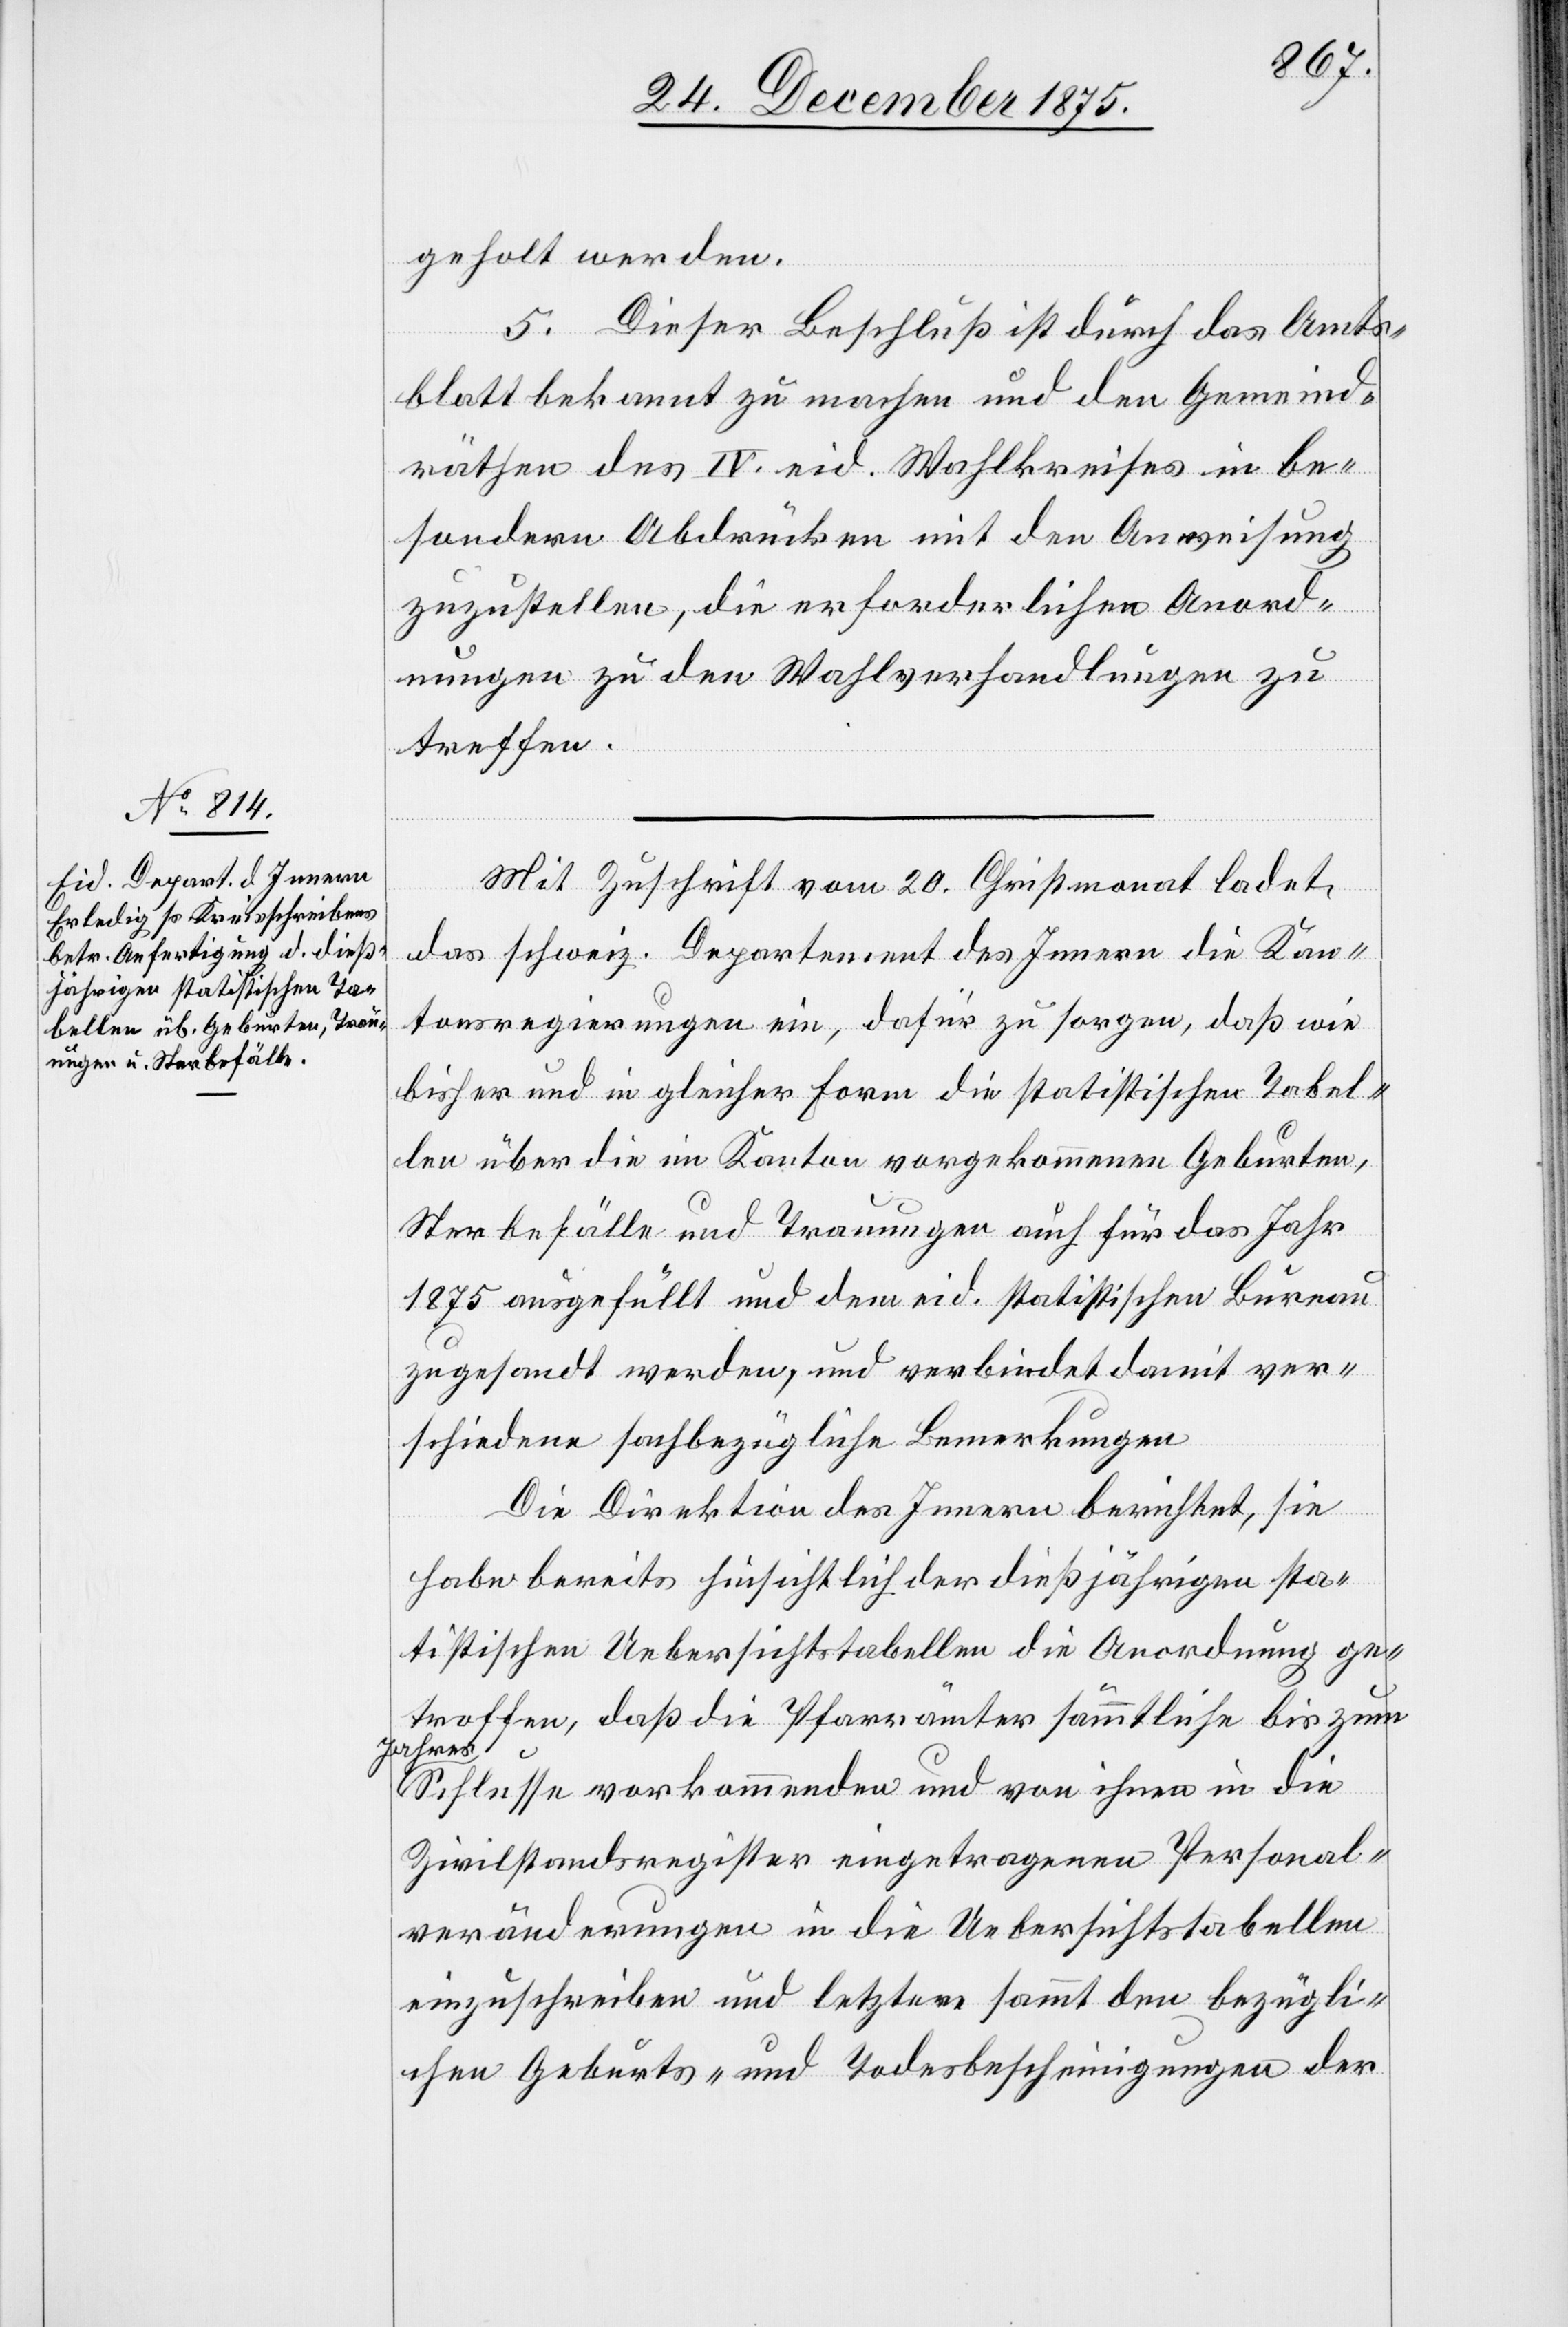
geholt werden.
5. Dieser Beschluß ist durch das Amts¬
blatt bekannt zu machen und den Gemeind¬
räthen des IV. eid. Wahlkreises in be¬
sondern Abdrücken mit der Anweisung
zuzustellen, die erforderlichen Anord¬
nungen zu den Wahlverhandlungen zu
treffen.
Mit Zuschrift vom 20. Christmonat ladet
das schweiz. Departement des Innern die Kan¬
tonsregierungen ein, dafür zu sorgen, daß wie
bisher und in gleicher Form die statistischen Tabel¬
len über die im Kanton vorgekommenen Geburten,
Sterbefälle und Trauungen auch für das Jahr
1875 ausgefüllt und dem eid. statistischen Bureau
zugesandt werden, und verbindet damit ver¬
schiedene sachbezügliche Bemerkungen.
Die Direktion des Innern berichtet, sie
habe bereits hinsichtlich der dießjährigen sta¬
tistischen Uebersichtstabellen die Anordnung ge¬
troffen, daß die Pfarrämter sämmtliche bis zum
Jahres¬
schlusse vorkommenden und von ihnen in die
Zivilstandsregister eingetragenen Personal¬
veränderungen in die Uebersichtstabellen
einzuschreiben und letztere sammt den bezügli¬
chen Geburts- und Todesbescheinigungen der